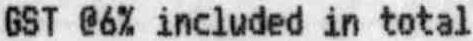
GST @6% INCLUDED IN TOTAL